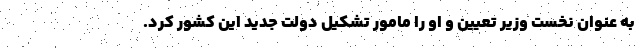
به عنوان نخست وزیر تعیین و او را مامور تشکیل دولت جدید این کشور کرد.